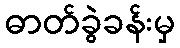
ဓာတ်ခွဲခန်းမှ